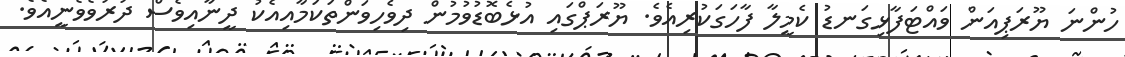
ހުންނަ ޔޫރަޕިއަން ވައްޓަފާޅިގަނޑު ކެމީލާ ފާހަގަކުރިއެވެ. ޔޫރަޕްގައި އުޅެބޮޑުވުމުން ދިވެހިވަންތަކަމާއިއެކު ދީނާއިވެސް ދުރުވެވެނީއެވެ.